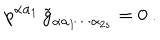
p ^ { \alpha \dot { \alpha } _ { 1 } } \, \tilde { g } _ { \alpha \dot { \alpha } _ { 1 } \cdots \dot { \alpha } _ { 2 s } } = 0 \ .